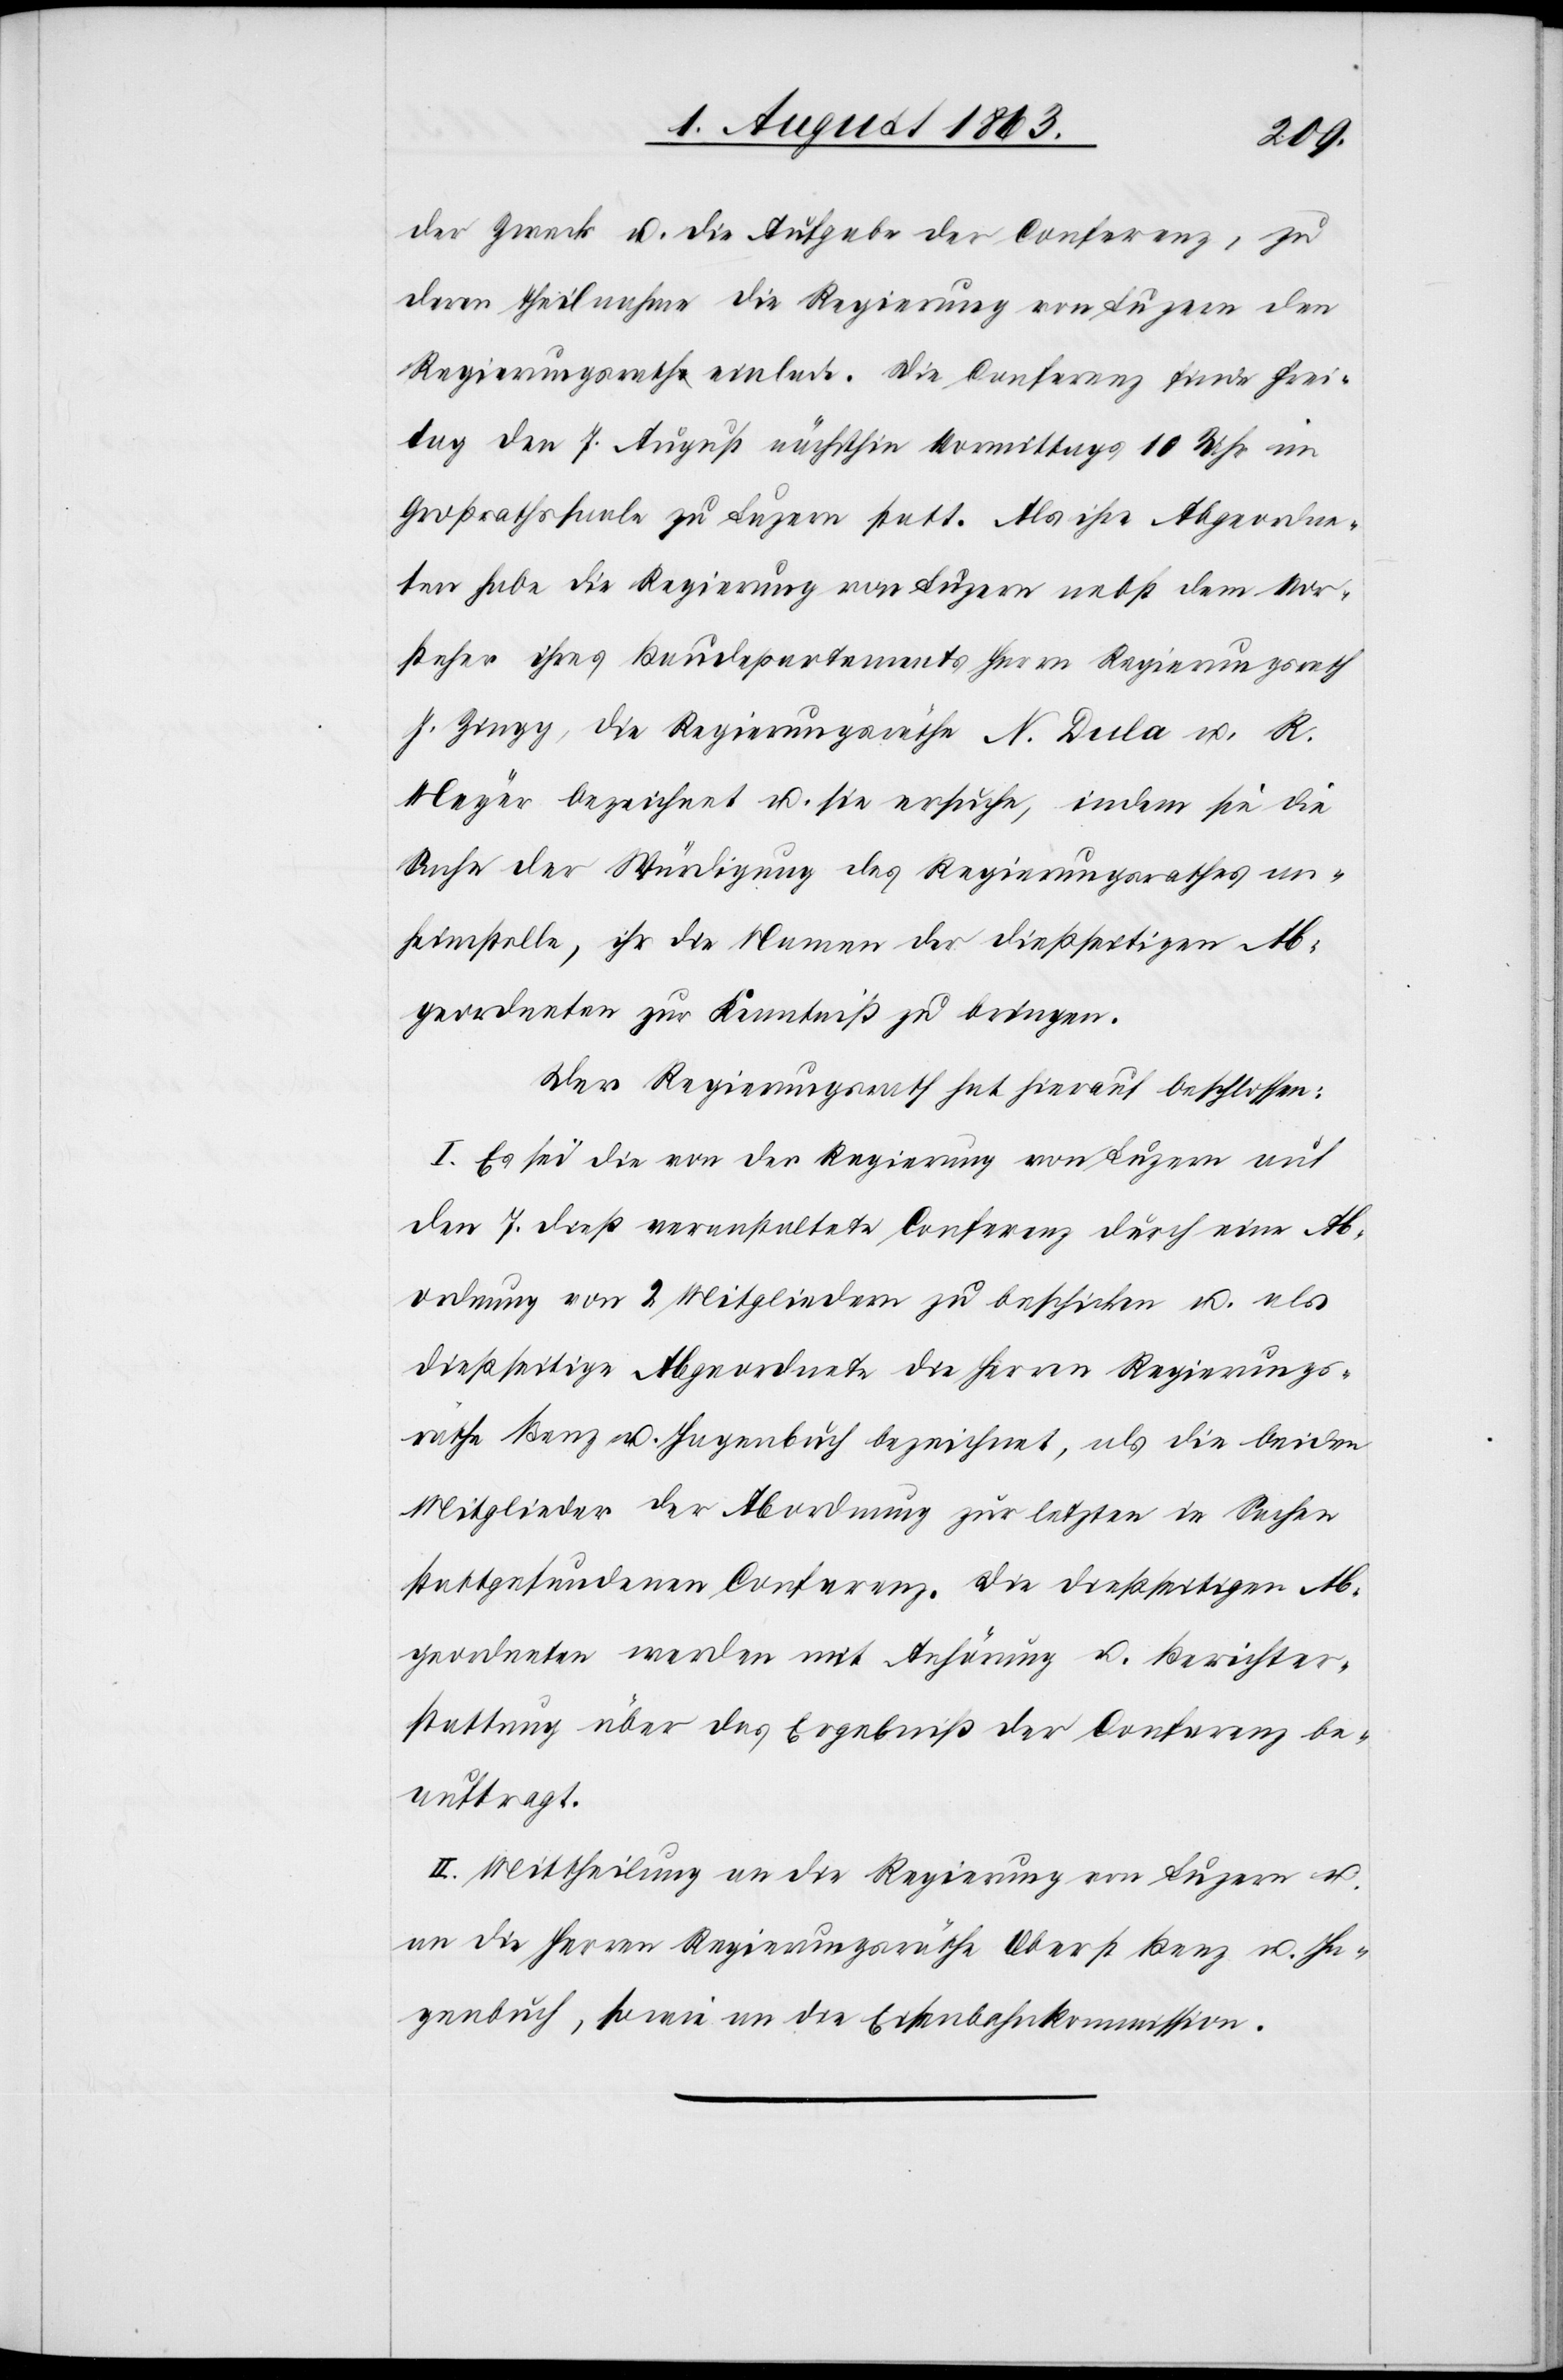
der Zweck u. die Aufgabe der Conferenz, zu
deren Theilnahme die Regierung von Luzern den
Regierungsrath einlade. Die Conferenz finde Frei¬
tag den 7. August nächsthin Vormittags 10 Uhr im
Großrathssaale zu Luzern statt. Als ihre Abgeordne¬
ten habe die Regierung von Luzern nebst dem Vor¬
steher ihres Baudepartements Herrn Regierungsrath
J. Zingg, die Regierungsräthe N. Dula u. R.
Meyer bezeichnet u. sie ersuche, indem sie die
Sache der Würdigung des Regierungsrathes an¬
heimstelle, ihr die Namen der dießseitigen Ab¬
geordneten zur Kenntniß zu bringen.
Der Regierungsrath hat hierauf beschlossen:
I. Es sei die von der Regierung von Luzern auf
den 7. dieß veranstaltete Conferenz durch eine Ab¬
ordnung von 2 Mitgliedern zu beschicken u. als
dießseitige Abgeordnete die Herren Regierungs¬
räthe Benz u. Hagenbuch bezeichnet, als die beiden
Mitglieder der Abordnung zur letzten in Sachen
stattgefundenen Conferenz. Die dießseitigen Ab¬
geordneten werden mit Anhörung u. Berichter¬
stattung über das Ergebniß der Conferenz be¬
auftragt.
II. Mittheilung an die Regierung von Luzern u.
an die Herren Regierungsräthe Oberst Benz u. Ha¬
genbuch, sowie an die Eisenbahnkommission.